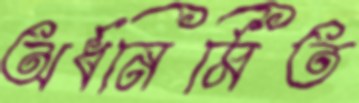
অর্ধনির্মিত